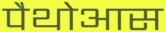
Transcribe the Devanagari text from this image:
पैथोआस